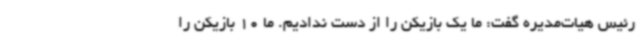
رئیس هیات‌مدیره گفت: ما یک بازیکن را از دست ندادیم. ما 10 بازیکن را